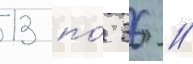
13 по́ 36 //